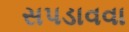
સપડાવવા